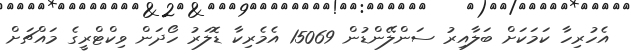
އެހުރިހާ ކަމަކަށް ބަލާއިރު ސަންލޭންޑުން 15069 އެމެރިކާ ޑޮލަރު ހޯދަން ވިކްޓްރީގެ މައްޗަށް